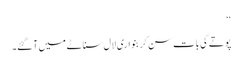
‘‘
پوتے کی بات سن کر بنواری لال سناٹے میں آگئے۔